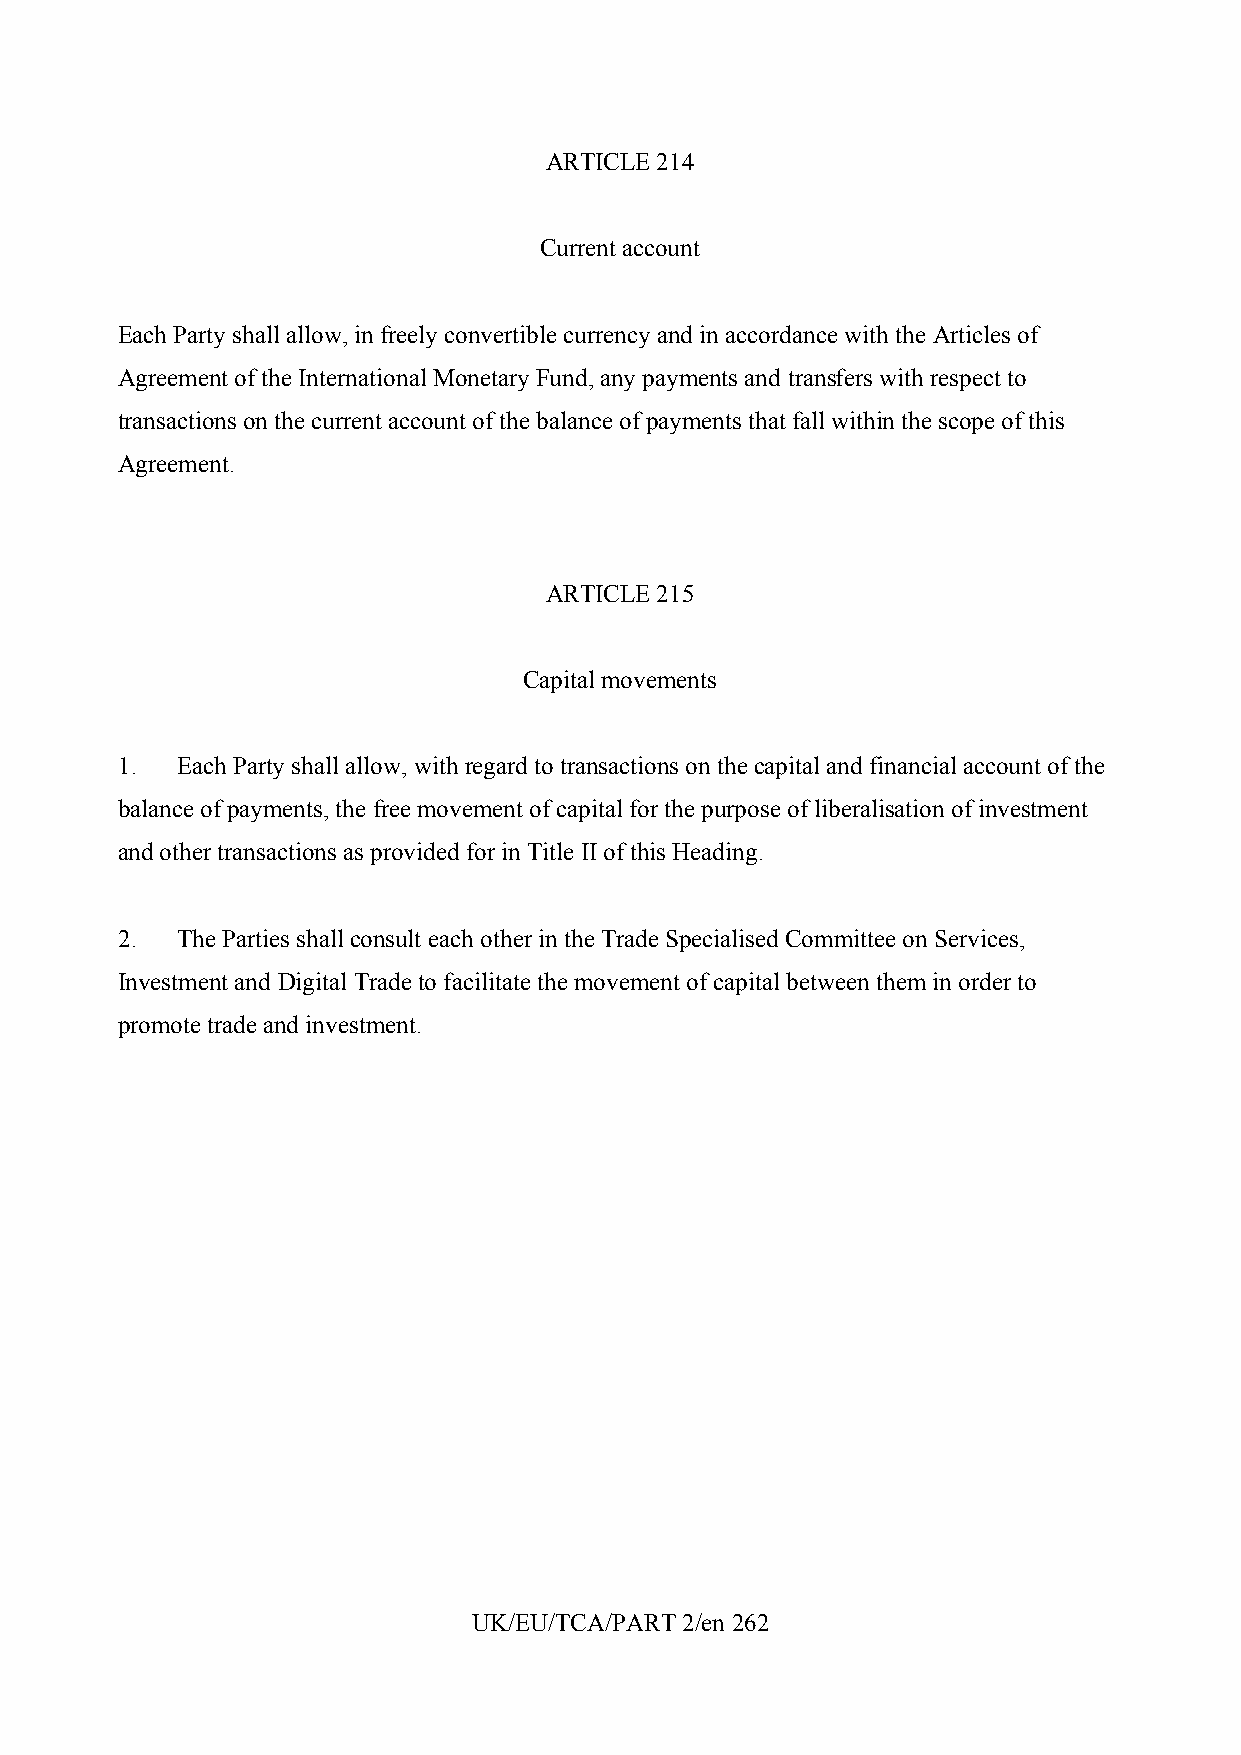
ARTICLE 214
 Current account
 Each Party shall allow, in freely convertible currency and in accordance with the Articles of
 Agreement of the International Monetary Fund, any payments and transfers with respect to
 transactions on the current account of the balance of payments that fall within the scope of this
 Agreement.
 ARTICLE 215
 Capital movements
 1.  Each Party shall allow, with regard to transactions on the capital and financial account of the
 balance of payments, the free movement of capital for the purpose of liberalisation of investment
 and other transactions as provided for in Title II of this Heading.
 2.  The Parties shall consult each other in the Trade Specialised Committee on Services,
 Investment and Digital Trade to facilitate the movement of capital between them in order to
 promote trade and investment.
 UK/EU/TCA/PART 2/en 262